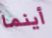
أينما